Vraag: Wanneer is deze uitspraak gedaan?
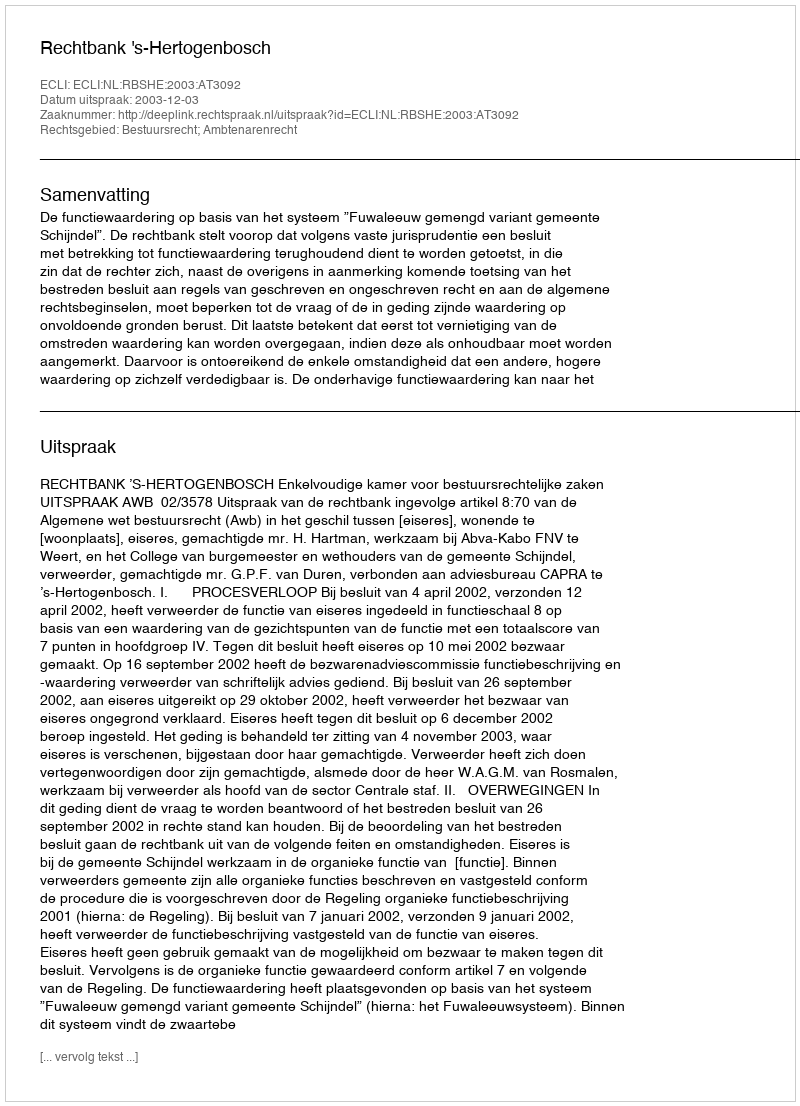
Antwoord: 2003-12-03